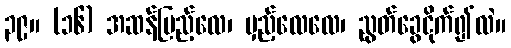
၃၉။ (၁၆) အဆန်ပြည့်လေ၊ မှည့်လေလေ၊ ညွတ်ခွေငိုက်၍လဲ။